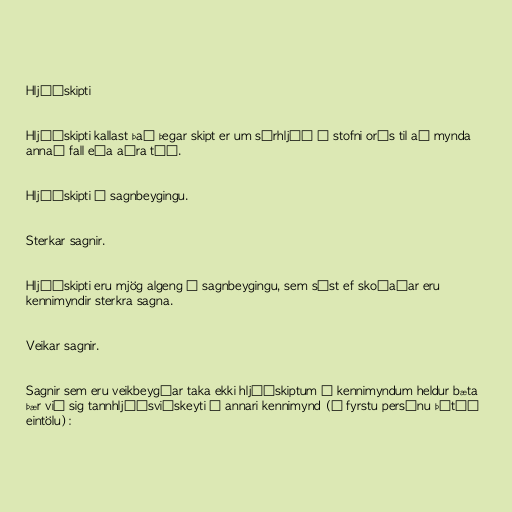
Hljóðskipti

Hljóðskipti kallast það þegar skipt er um sérhljóð í stofni orðs til að mynda
annað fall eða aðra tíð.

Hljóðskipti í sagnbeygingu.

Sterkar sagnir.

Hljóðskipti eru mjög algeng í sagnbeygingu, sem sést ef skoðaðar eru
kennimyndir sterkra sagna.

Veikar sagnir.

Sagnir sem eru veikbeygðar taka ekki hljóðskiptum í kennimyndum heldur bæta
þær við sig tannhljóðsviðskeyti í annari kennimynd (í fyrstu persónu þátíð
eintölu):